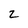
Character: 2